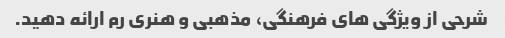
شرحی از ویژگی های فرهنگی، مذهبی و هنری رم ارائه دهید.